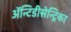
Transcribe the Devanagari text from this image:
ॲन्टिडीसेन्ट्रिका